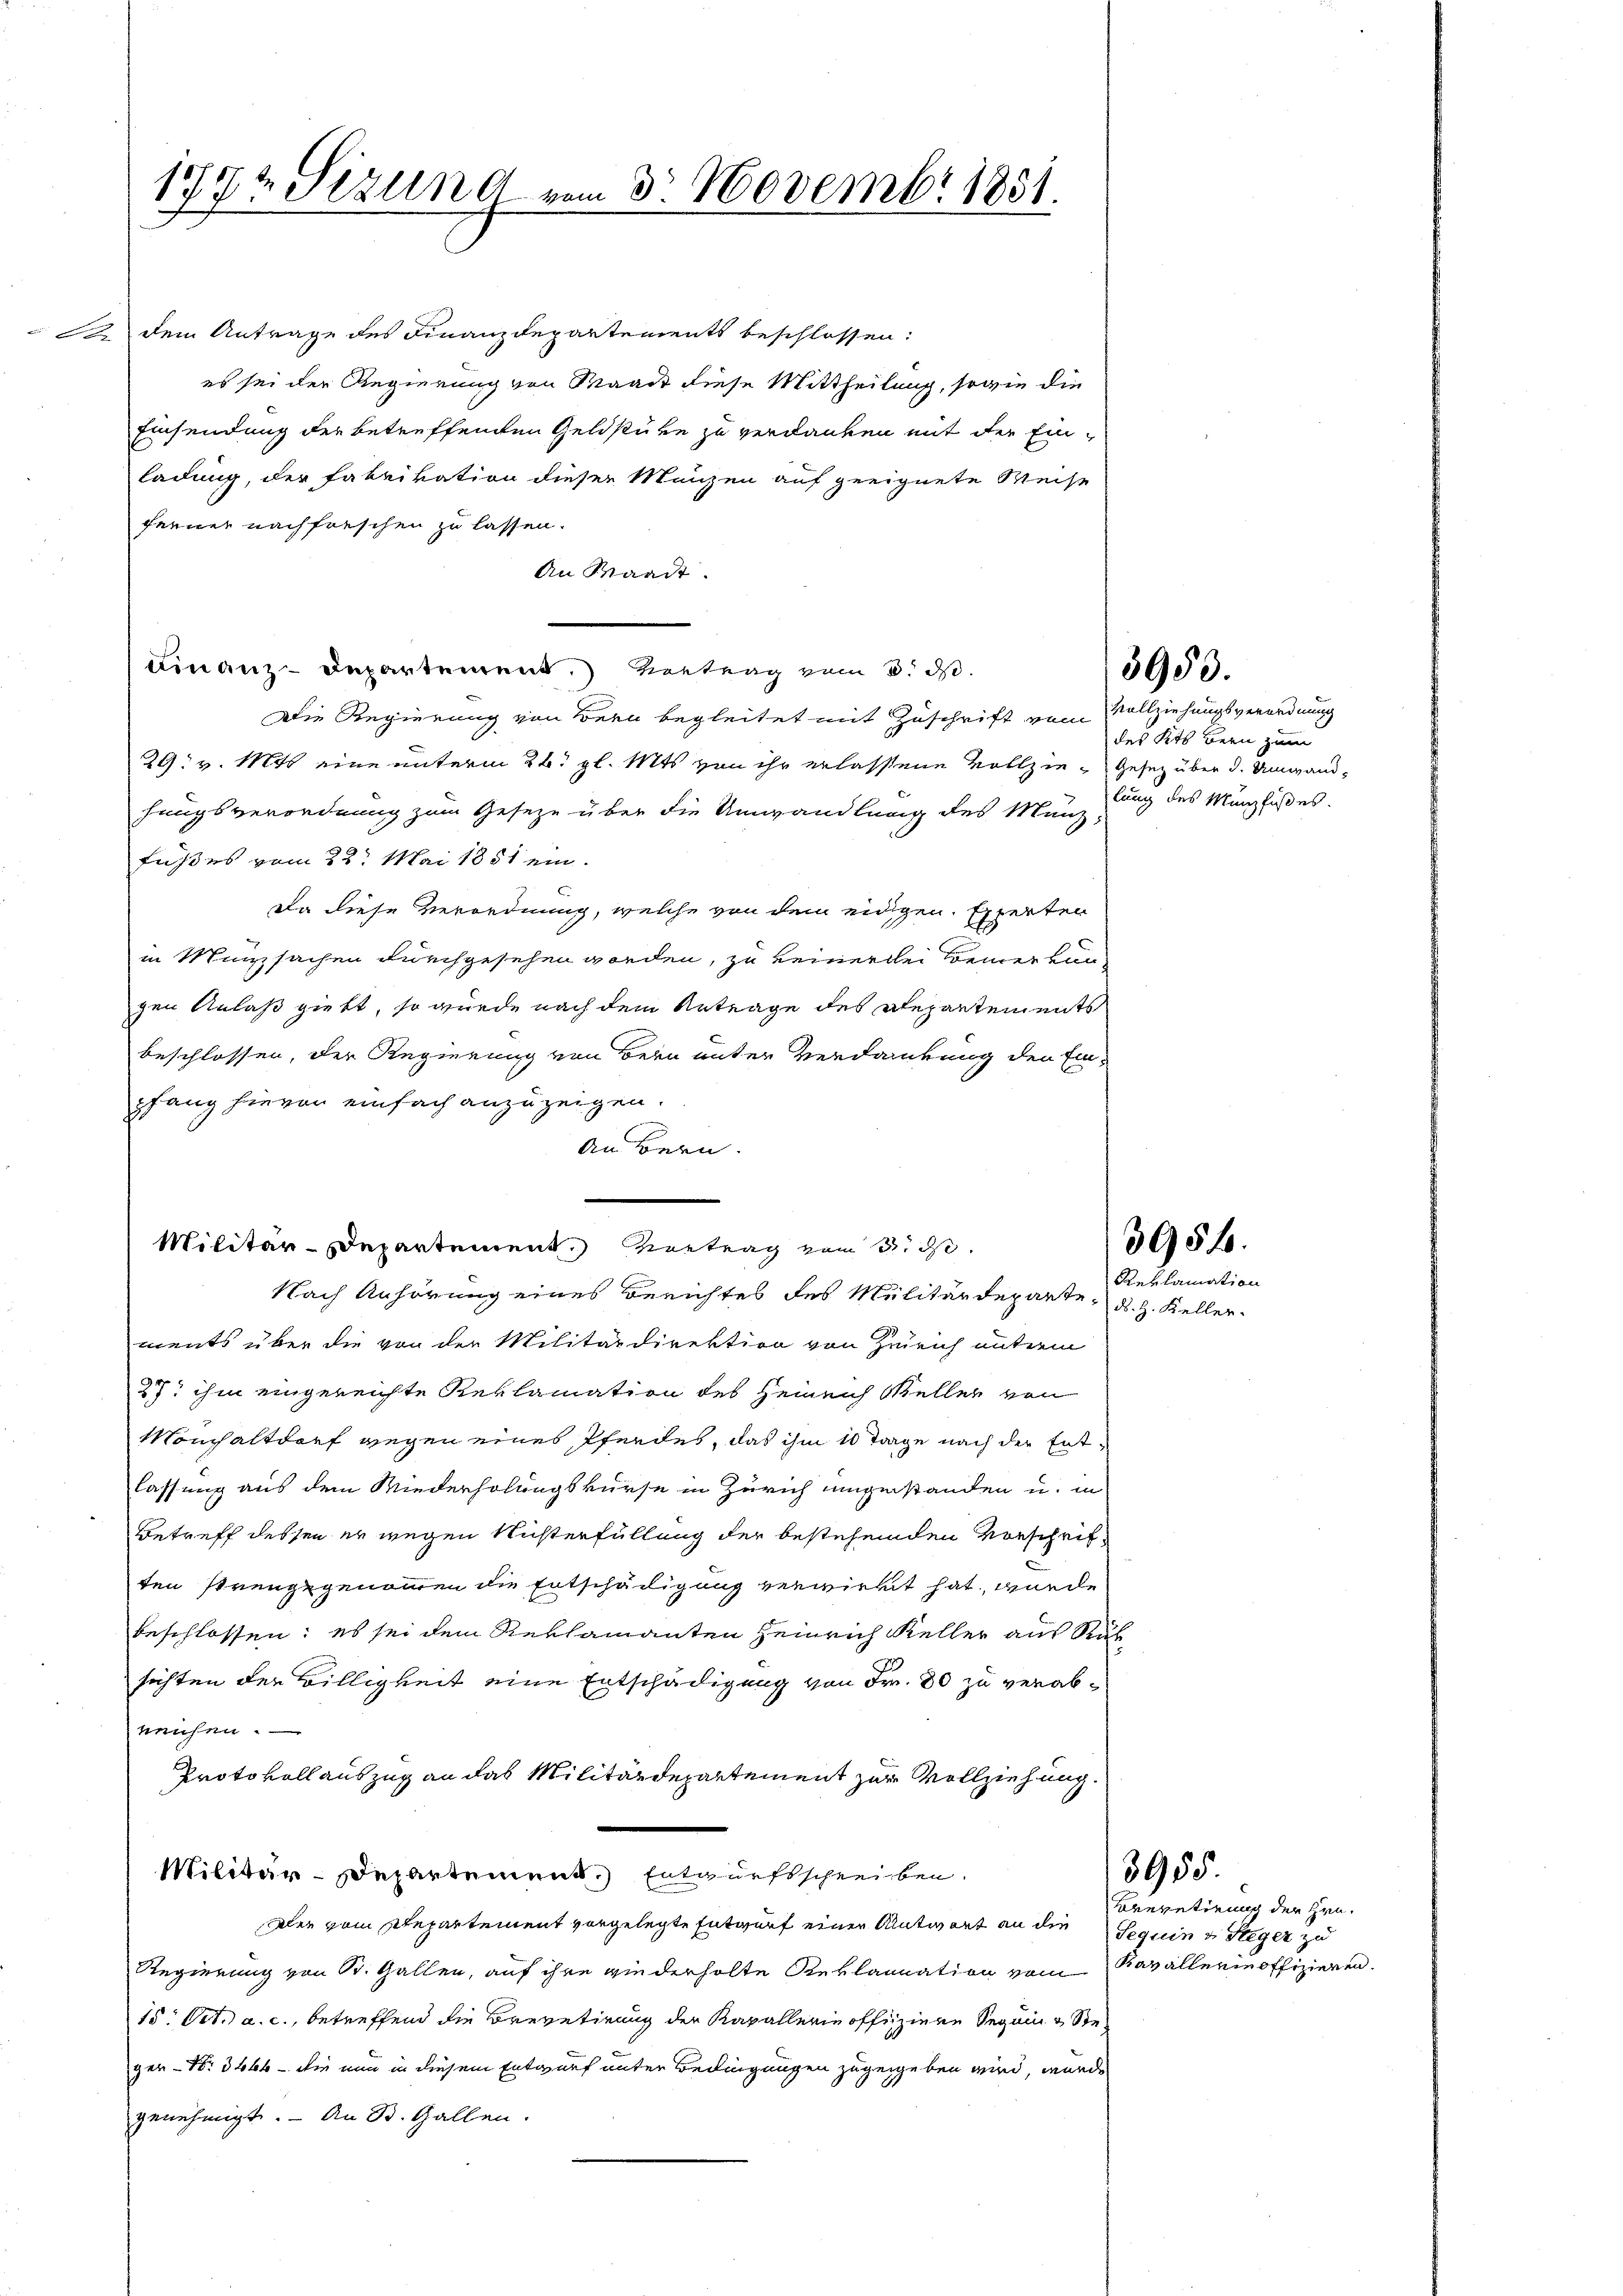
177t Sizung vom 3. Novembr 1851.

dem Antrage des Finanzdepartements beschlossen:
es sei der Regierung von Waadt diese Mittheilung, sowie die
Einsendung der betreffenden Geldstüke zu verdanken mit der Einladung, der Fabrikation dieser Manzen auf geeignete Weise
ferner nachfreschen zu lassen.
An Staadt.
Finanz-Departement.) Vortrag vom 3. ds.
Die Regierung von Bern begleitet mit Zuschrift vom Vollziehungsverordnung
29. v. 1848 eine unterm 26. gl. Mts. von ihr erlassene Vollzie- Gesetz über d. Umwand-
hungsverordnung zum Geseze über die Umwandlung des Münz-
fußes vom 22. Mai 1851 ein
Da diese Verordnung, welche von dem eidigen Experten
in Münzsachen durchgesehen worden, zu keinerlei Bemerkungen Anlaß giebt, so wurde nach dem Antrage des Repartements
beschlossen, der Regierung von Bern unter Verdankung den Einpfang hievon einfach anzuzeigen.
An Bern.
Nach Anhörung eines Berichtes des Militärdepartements über die von der Militärdirektion von Zürich unterm
27. ihm eingereichte Reklamation des Heinrich Keller von
Mönchaltdorf wiegen eines Pferdes, das ihm 10 Tage nach der Ent-
lassung aus dem Wiederholungskurse in Zürich eingestanden u. in
Betreff dessen er wegen Nichterfüllung der bestehenden Vorschrif-
ten strengegenommen die Entschädigung verwirkt hat, wurde
beschlossen: es sei dem Reklamanten Heinrich Keller aus Rüh
sichten der Billigkeit eine Entschädigung von Fr. 80 zu verabreichen.
Protokoll auszug an das Militärdepartement zur Vollziehung.
Militär-Departement. Entwurfsschreiben.
Der vom Departement vorgelegte Entwurf einer Antwort an die Sequin & Steger zu
Regierung von St. Gallen, auf ihre wiederholte Reklamnation vom Kavallerin offizieren.
15. Oct. a. c., betreffend die Brevetirung der Kapallerin offiziere Seguin & Ste-
ger- Nr. 3664 - die nun in diesem Entwurf unter Bedingungen zugegeben wird, wurde
genehmigt. – An St. Gallen.

Militär-Departement. Vortrag vom 3. ds.

3953.

des Kts. Bern zum
lung des Münzfußes.

d. H. Keller.

3951.
Reklamation

Brevetirung der Hrn.

3955.